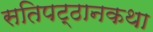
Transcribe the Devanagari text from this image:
सतिपट्ठानकथा